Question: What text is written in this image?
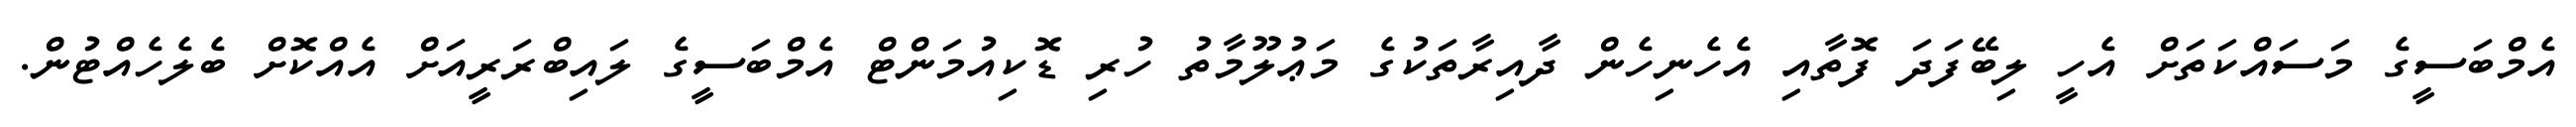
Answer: އެމްބަސީގެ މަސައްކަތަށް އެހީ ލިބޭފަދަ ފޮތާއި އެހެނިހެން ދާއިރާތަކުގެ މަޢުލޫމާތު ހުރި ޑޮކިއުމަންޓް އެމްބަސީގެ ލައިބްރަރީއަށް އެއްކޮށް ބެލެހެއްޓުން.